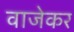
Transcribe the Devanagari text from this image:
वाजेकर